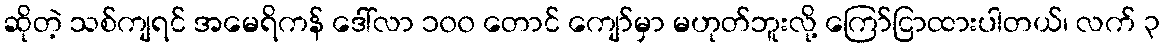
ဆိုတဲ့ သစ်ကျရင် အမေရိကန် ဒေါ်လာ ၁၀၀ တောင် ကျော်မှာ မဟုတ်ဘူးလို့ ကြော်ငြာထားပါတယ်၊ လက် ၃